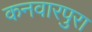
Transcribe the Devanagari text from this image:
कनवारपुरा